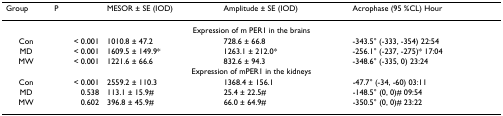
<table><thead><tr><td><b>Group</b></td><td><b>P</b></td><td><b>MESOR ± SE (IOD)</b></td><td><b>Amplitude ± SE (IOD)</b></td><td><b>Acrophase (95 %CL) Hour</b></td></tr></thead><tbody><tr><td colspan="5">Expression of m PER1 in the brains</td></tr><tr><td>Con</td><td>&lt; 0.001</td><td>1010.8 ± 47.2</td><td>728.6 ± 66.8</td><td>-343.5° (-333, -354) 22:54</td></tr><tr><td>MD</td><td>&lt; 0.001</td><td>1609.5 ± 149.9*</td><td>1263.1 ± 212.0*</td><td>-256.1° (-237, -275)* 17:04</td></tr><tr><td>MW</td><td>&lt; 0.001</td><td>1221.6 ± 66.6</td><td>832.6 ± 94.3</td><td>-348.6° (-335, 0) 23:24</td></tr><tr><td colspan="5">Expression of mPER1 in the kidneys</td></tr><tr><td>Con</td><td>&lt; 0.001</td><td>2559.2 ± 110.3</td><td>1368.4 ± 156.1</td><td>-47.7° (-34, -60) 03:11</td></tr><tr><td>MD</td><td>0.538</td><td>113.1 ± 15.9#</td><td>25.4 ± 22.5#</td><td>-148.5° (0, 0)# 09:54</td></tr><tr><td>MW</td><td>0.602</td><td>396.8 ± 45.9#</td><td>66.0 ± 64.9#</td><td>-350.5° (0, 0)# 23:22</td></tr></tbody></table>